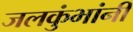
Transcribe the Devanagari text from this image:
जलकुंभांनी